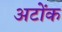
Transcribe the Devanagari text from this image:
अटोंक